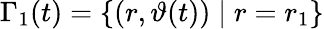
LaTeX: \Gamma_{1}(t)=\{ (r,\vartheta(t))\; \vert\; r=r_{1}\}